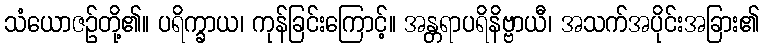
သံယောဇဉ်တို့၏။ ပရိက္ခာယ၊ ကုန်ခြင်းကြောင့်။ အန္တရာပရိနိဗ္ဗာယီ၊ အသက်အပိုင်းအခြား၏